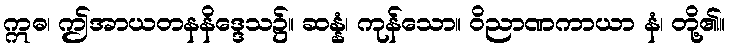
ဣဓ၊ ဤအာယတနနိဒ္ဒေသ၌။ ဆန္နံ၊ ကုန်သော။ ဝိညာဏကာယာ နံ၊ တို့၏။